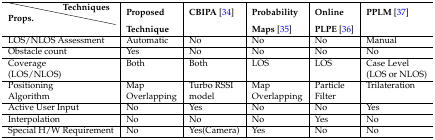
<table><thead><tr><td></td><td><b>Techniques</b></td><td><b>Proposed</b></td><td><b>CBIPA [34]</b></td><td><b>Probability</b></td><td><b>Online</b></td><td><b>PPLM [37]</b></td></tr><tr><td><b>Props.</b></td><td></td><td><b>Technique</b></td><td></td><td><b>Maps [35]</b></td><td><b>PLPE [36]</b></td><td></td></tr></thead><tbody><tr><td colspan="2">LOS/NLOS Assessment</td><td>Automatic</td><td>No</td><td>No</td><td>No</td><td>Manual</td></tr><tr><td colspan="2">Obstacle count</td><td>Yes</td><td>No</td><td>No</td><td>No</td><td>No</td></tr><tr><td colspan="2">Coverage</td><td>Both</td><td>Both</td><td>LOS</td><td>LOS</td><td>Case Level</td></tr><tr><td colspan="2">(LOS/NLOS)</td><td></td><td></td><td></td><td></td><td>(LOS or NLOS)</td></tr><tr><td colspan="2">Positioning</td><td>Map</td><td>Turbo RSSI</td><td>Map</td><td>Particle</td><td>Trilateration</td></tr><tr><td colspan="2">Algorithm</td><td>Overlapping</td><td>model</td><td>Overlapping</td><td>Filter</td><td></td></tr><tr><td colspan="2">Active User Input</td><td>No</td><td>Yes</td><td>No</td><td>No</td><td>Yes</td></tr><tr><td colspan="2">Interpolation</td><td>No</td><td>No</td><td>No</td><td>Yes</td><td>No</td></tr><tr><td colspan="2">Special H/W Requirement</td><td>No</td><td>Yes(Camera)</td><td>Yes</td><td>No</td><td>No</td></tr></tbody></table>